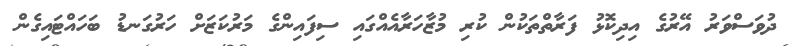
ދުވަސްވަރު އޭރުގެ އިދިކޮޅު ފަރާތްތަކުން ކުރި މުޒާހަރާއެއްގައި ސިފައިންގެ މަރުކަޒަށް ހަރުގަނޑު ބަހައްޓައިގެން